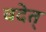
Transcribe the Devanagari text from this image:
वदेत्